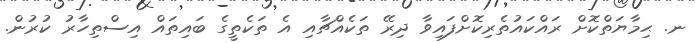
ނ. ޙިމާޔަތްކޮށް ރައްކައުތެރިކޮށްފައިވާ ދިރޭ ތަކެއްޗާއި އެ ތަކެތީގެ ބައިތައް އިސްތިހާރު ކުރުން.